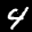
Label: 4